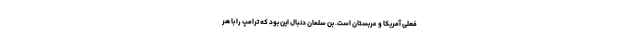
فعلی آمریکا و عربستان است. بن سلمان دنبال این بود که ترامپ را با هر